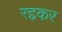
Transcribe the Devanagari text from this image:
रद्दकर